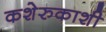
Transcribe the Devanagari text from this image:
कशेरुकाशी